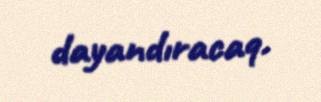
dayandıracaq.